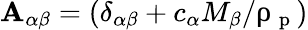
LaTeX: \mathbf{A}_{\alpha\beta}=(\delta_{\alpha\beta}+c_{\alpha}M_{\beta}/\uprho_{\mathrm{{~p~}}})